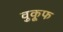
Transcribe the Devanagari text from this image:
वुकूफ